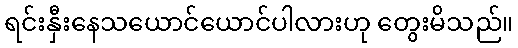
ရင်းနှီးနေသယောင်ယောင်ပါလားဟု တွေးမိသည်။